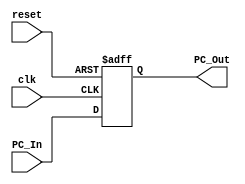
module Program_Counter
(
input clk,
input reset,
input [63:0] PC_In,
output reg [63:0] PC_Out
);

always @ (posedge clk or posedge reset)
	begin
		if (reset)
			PC_Out<= 64'b0;
		else
			PC_Out<=PC_In;
	end
endmodule